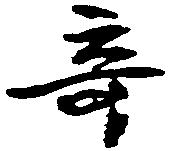
奇